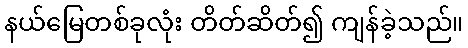
နယ်မြေတစ်ခုလုံး တိတ်ဆိတ်၍ ကျန်ခဲ့သည်။